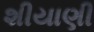
શીયાણી